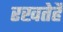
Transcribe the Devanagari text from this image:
रखतेहैं